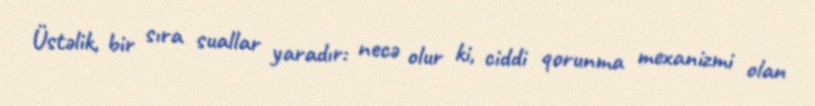
Üstəlik, bir sıra suallar yaradır: necə olur ki, ciddi qorunma mexanizmi olan